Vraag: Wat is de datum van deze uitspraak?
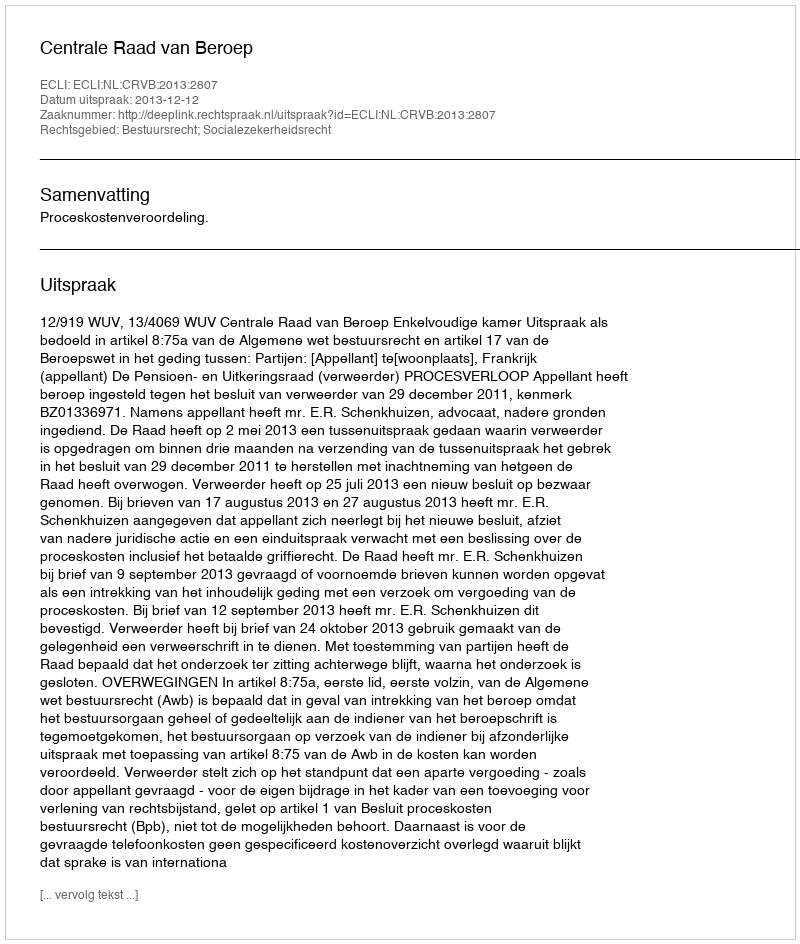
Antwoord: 2013-12-12